Medical and sanitary report of the native army of Madras for the year
Year: 1878
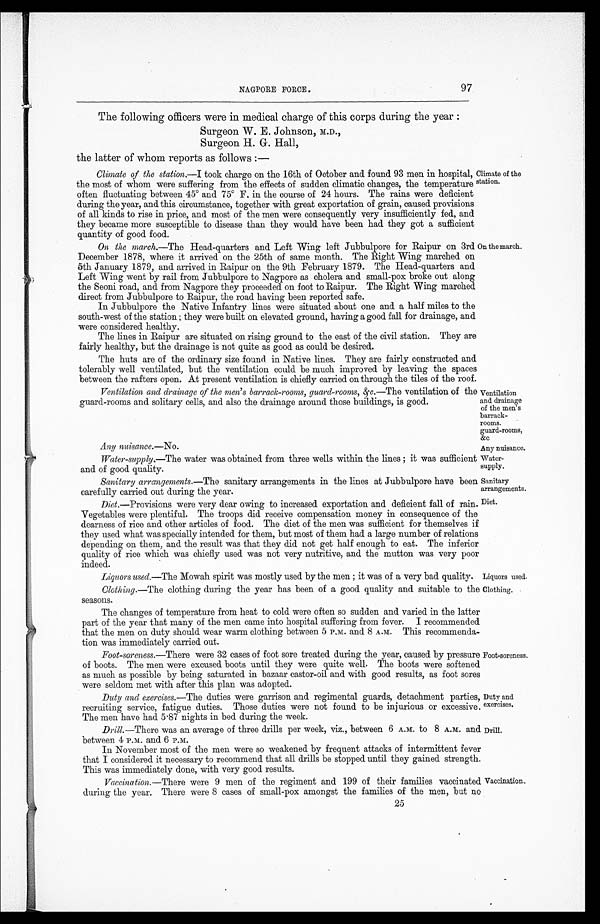
Ventilation
and drainage
of the men's
barrack
-
rooms.
guard-rooms,
&c
Any nuisance.
Sanitary
arrangements.
Diet.
Duty and
exercises.
Drill.
97
NAGPORE FORCE.
The following officers were in medical charge of this corps during the year :
Surgeon W. E. Johnson, M.D.,
Surgeon H. G. Hall,
the latter of whom reports as follows :—
Climate of the station.— I took charge on the 16th of October and found 93 men in hospital,
the most of whom were suffering from the effects of sudden climatic changes, the temperature
often fluctuating between 45° and 75° F. in the course of 24 hours. The rains were deficient
during the year, and this circumstance, together with great exportation of grain, caused provision
of all kinds to rise in price, and most of the men were consequently very insufficiently fed, and
they became more susceptible to disease than they would have been had they got a sufficient
quantity of good food.
On the march.— The Head-quarters and Left Wing left Jubbulpore for Raipur on 3rd
December 1878, where it arrived on the 25th of same month. The Right Wing marched on
5th January 1879, and arrived in Raipur on the 9th February 1879. The Head-quarters and
Left Wing went by rail from Jubbulpore to Nagpore as cholera and small-pox broke out along
the Seoni road, and from Nagpore they proceeded on foot to Raipur. The Right Wing marched
direct from Jubbulpore to Raipur, the road having been reported safe.
In Jubbulpore the Native Infantry lines were situated about one and a half miles to the
south-west of the station; they were built on elevated ground, having a good fall for drainage, and
were considered healthy.
The lines in Raipur are situated on rising ground to the east of the civil station. They are
fairly healthy, but the drainage is not quite as good as could be desired.
The huts are of the ordinary size found in Native lines. They are fairly constructed and
tolerably well ventilated, but the ventilation could be much improved by leaving the spaces
between the rafters open. At present ventilation is chiefly carried on through the tiles of the roof.
Climate of the
station.
On the march.
Ventilation and drainage of the men's barrack-rooms, guard-rooms, &c .—The ventilation of the
guard-rooms and solitary cells, and also the drainage around those buildings, is good.
Any nuisance.— No .
Water-supply.— The water was obtained from three wells within the lines; it was sufficient
and of good quality.
Water
-supply.
Sanitary arrangements.— The sanitary arrangements in the lines at Jubbulpore have been
carefully carried out during the year.
Diet .—Provisions were very dear owing to increased exportation and deficient fall of rain.
Vegetables were plentiful. The troops did receive compensation money in consequence of the
dearness of rice and other articles of food. The diet of the men was sufficient for themselves if
they used what was specially intended for them, but most of them had a large number of relations
depending on them, and the result was that they did not get half enough to eat. The inferior
quality of rice which was chiefly used was not very nutritive, and the mutton was very poor
indeed.
Liquors used.— The Mowah spirit was mostly used by the men ; it was of a very bad quality.
Liquors used
.
Clothing.— The clothing during the year has been of a good quality and suitable to the
seasons.
The changes of temperature from heat to cold were often so sudden and varied in the latter
part of the year that many of the men came into hospital suffering from fever. I recommended
that the men on duty should wear warm clothing between 5 P.M. and 8 A.M. This recommenda--
tion was immediately carried out.
Foot-soreness.— There were 32 cases of foot sore treated during the year, caused by pressure
of boots. The men were excused boots until they were quite well. The boots were softened
as much as possible by being saturated in bazaar castor-oil and with good results, as foot sores
were seldom met with after this plan was adopted.
Duty and exercises.— The duties were garrison and regimental guards, detachment parties,
recruiting service, fatigue duties. Those duties were not found to be injurious or excessive.
The men have had 5 . 87 nights in bed during the week.
Drill.—There was an average of three drills per week, viz., between 6 A.M. to 8 A.M. and
between 4 P.M. and 6 p.m.
In November most of the men were so weakened by frequent attacks of intermittent fever
that I considered it necessary to recommend that all drills be stopped until they gained strength.
This was immediately done, with very good results.
Vaccination.—There were 9 men of the regiment and 199 of their families vaccinated
during the year. There were 8 cases of small-pox amongst the families of the men, but no
Clothing.
Foot-soreness.
Vaccination.
25